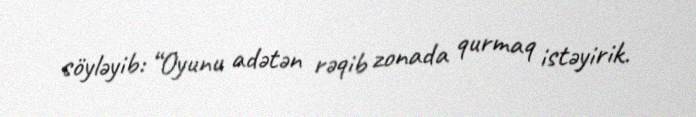
söyləyib: “Oyunu adətən rəqib zonada qurmaq istəyirik.